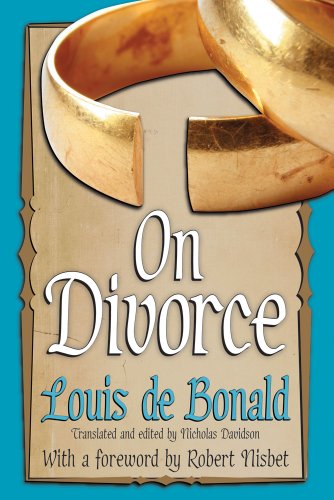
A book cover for On Divorce (Library of Conservative Thought); Louis de Bonald; Medical Books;